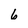
Character: 6